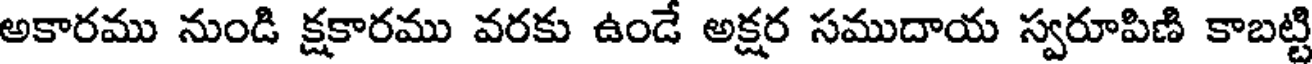
అకారము నుండి క్షకారము వరకు ఉండే అక్షర సముదాయ స్వరూపిణి కాబట్టి